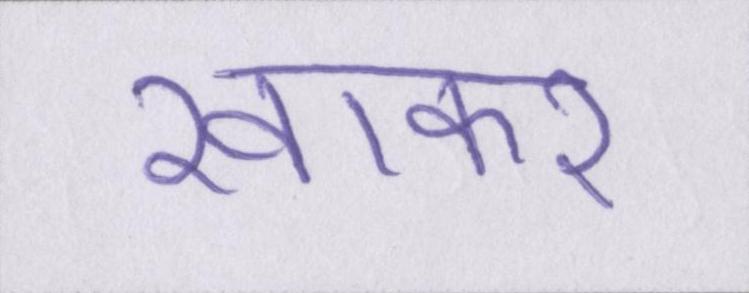
खाकर